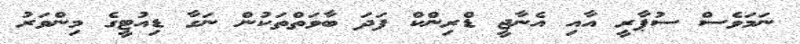
ނަމަވެސް ސުޕާރީ އާއި އެނާޖީ ޑްރިންކް ފަދަ ބާވަތްތަކުން ނަގާ ޑިއުޓީގެ މިންވަރު